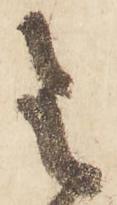
令